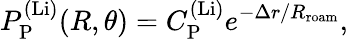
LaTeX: P_{\mathrm{P}}^{\mathrm{(Li)}}(R,\theta)=C_{\mathrm{P}}^{\mathrm{(Li)}}e^{-\Delta r/R_{\mathrm{roam}}},